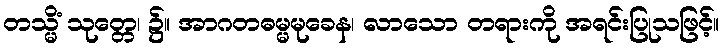
တသ္မိံ သုတ္တေ၊ ၌။ အာဂတဓမ္မမုခေန၊ လာသော တရားကို အရင်းပြုသဖြင့်။